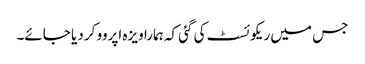
جس میں ریکوئسٹ کی گئی کہ ہمارا ویزہ اپروو کر دیا جائے۔